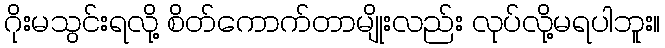
ဂိုးမသွင်းရလို့ စိတ်ကောက်တာမျိုးလည်း လုပ်လို့မရပါဘူး။